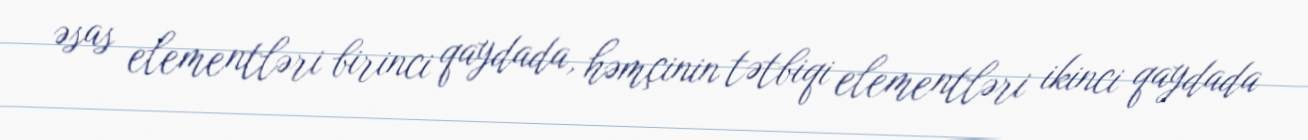
əsas elementləri birinci qaydada, həmçinin tətbiqi elementləri ikinci qaydada